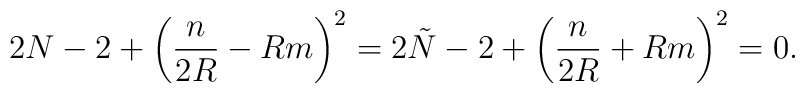
2N -2 + \left( \frac{n}{2R} - Rm\right)^2 = 2\tilde{N} -2 +\left(  \frac{n}{2R} + Rm\right)^2 = 0.